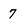
Character: 7